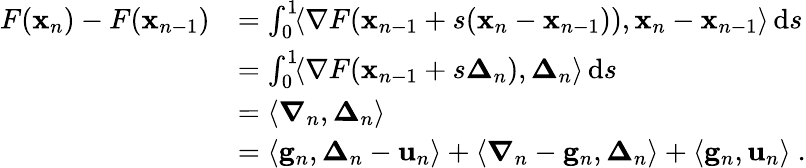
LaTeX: \begin{array}{rl}{F({\mathbf x}_{n})-F({\mathbf x}_{n-1})}&{=\int_{0}^{1}\! \langle\nabla F({\mathbf x}_{n-1}+s({\mathbf x}_{n}-{\mathbf x}_{n-1})),{\mathbf x}_{n}-{\mathbf x}_{n-1}\rangle\, \mathrm{d}s}\\ &{=\int_{0}^{1}\! \langle\nabla F({\mathbf x}_{n-1}+s{\boldsymbol\Delta}_{n}),{\boldsymbol\Delta}_{n}\rangle\, \mathrm{d}s}\\ &{=\langle{\boldsymbol\nabla}_{n},{\boldsymbol\Delta}_{n}\rangle}\\ &{=\langle\mathbf{g}_{n},{\boldsymbol\Delta}_{n}-\mathbf{u}_{n}\rangle+\langle{\boldsymbol\nabla}_{n}-\mathbf{g}_{n},{\boldsymbol\Delta}_{n}\rangle+\langle\mathbf{g}_{n},\mathbf{u}_{n}\rangle~.}\end{array}